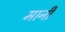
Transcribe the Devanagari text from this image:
मानीं